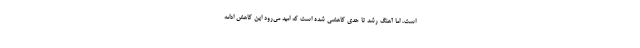
است، اما آهنگ رشد تا حدی کاهشی شده است که امید می‌رود این کاهش ادامه